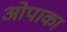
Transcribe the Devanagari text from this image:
ओपाका